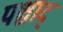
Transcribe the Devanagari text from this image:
पश्चाद्